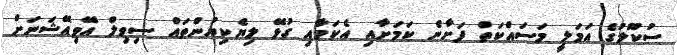
ސުކޫލުގެ އަމަލީ މަސައްކަތް ފަށާނެ ކަމަށާއި އެކަމާއި ގުޅޭ ލިޔެކިޔުންތައް ސިވިލް އޭވިއޭޝަނަށް